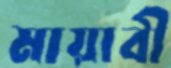
মায়াবী